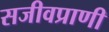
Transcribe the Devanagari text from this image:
सजीवप्राणी